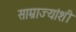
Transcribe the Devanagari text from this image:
साम्राज्यांशी